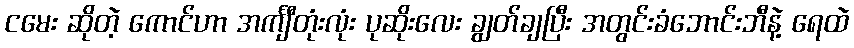
ငမေး ဆိုတဲ့ ကောင်ဟာ အင်္ကျီတုံးလုံး ပုဆိုးလေး ချွတ်ချပြီး အတွင်းခံဘောင်းဘီနဲ့ ရေထဲ